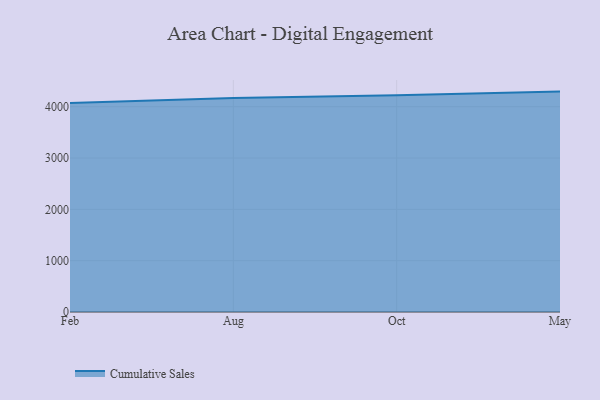
{"axis": {"x": "Month", "y": "Active Users"}, "legend": ["Cumulative Sales"], "data": [{"x": "Feb", "y": 4072.3, "type": "Cumulative Sales"}, {"x": "Aug", "y": 4170.8, "type": "Cumulative Sales"}, {"x": "Oct", "y": 4221.6, "type": "Cumulative Sales"}, {"x": "May", "y": 4294.1, "type": "Cumulative Sales"}]}